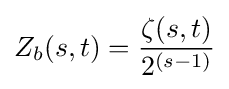
Z_{b}(s,t)={\frac {\zeta (s,t)}{2^{(s-1)}}}